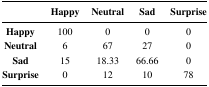
<table><thead><tr><td></td><td><b>Happy</b></td><td><b>Neutral</b></td><td><b>Sad</b></td><td><b>Surprise</b></td></tr></thead><tbody><tr><td><b>Happy</b></td><td>100</td><td>0</td><td>0</td><td>0</td></tr><tr><td><b>Neutral</b></td><td>6</td><td>67</td><td>27</td><td>0</td></tr><tr><td><b>Sad</b></td><td>15</td><td>18.33</td><td>66.66</td><td>0</td></tr><tr><td><b>Surprise</b></td><td>0</td><td>12</td><td>10</td><td>78</td></tr></tbody></table>